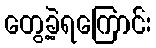
တွေ့ခဲ့ရကြောင်း